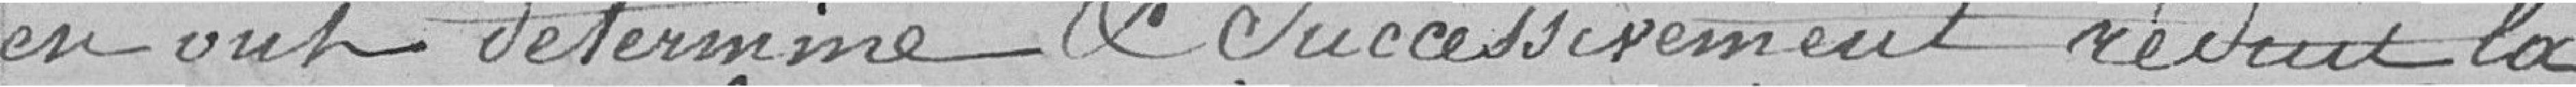
en ont déterminé et successivement réduit la